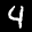
Label: 4